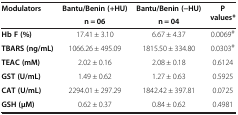
<table><thead><tr><td rowspan="2"><b>Modulators</b></td><td><b>Bantu/Benin (+HU)</b></td><td><b>Bantu/Benin (−HU)</b></td><td rowspan="2"><b>P values*</b></td></tr><tr><td><b>n = 06</b></td><td><b>n = 04</b></td></tr></thead><tbody><tr><td><b>Hb F (</b><b>%</b><b>)</b></td><td>17.41 ± 3.10</td><td>6.67 ± 4.37</td><td>0.0069<sup><b>#</b></sup></td></tr><tr><td><b>TBARS (ng/mL)</b></td><td>1066.26 ± 495.09</td><td>1815.50 ± 334.80</td><td>0.0303<sup><b>#</b></sup></td></tr><tr><td><b>TEAC (mM)</b></td><td>2.02 ± 0.16</td><td>2.08 ± 0.18</td><td>0.6124</td></tr><tr><td><b>GST (U/mL)</b></td><td>1.49 ± 0.62</td><td>1.27 ± 0.63</td><td>0.5925</td></tr><tr><td><b>CAT (U/mL)</b></td><td>2294.01 ± 297.29</td><td>1842.42 ± 397.81</td><td>0.0725</td></tr><tr><td><b>GSH (μM)</b></td><td>0.62 ± 0.37</td><td>0.84 ± 0.62</td><td>0.4981</td></tr></tbody></table>